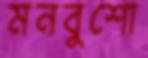
মনবুশো